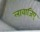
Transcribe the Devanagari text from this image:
लावाजिए